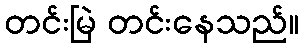
တင်းမြဲ တင်းနေသည်။